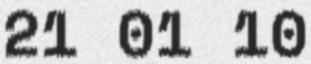
21 01 10